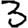
Digit: 3